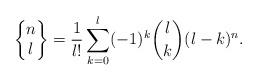
LaTeX: \begin{align*} \begin{Bmatrix} n \\ l \end{Bmatrix} = \frac{1}{l!} \sum_{k=0}^l (-1)^k \binom{l}{k} (l-k)^n. \end{align*}